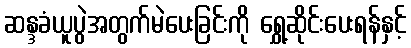
ဆန္ဒခံယူပွဲအတွက်မဲပေးခြင်းကို ရွှေ့ဆိုင်းပေးရန်နှင့်